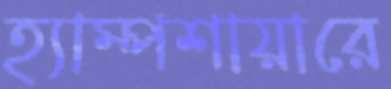
হ্যাম্পশায়ারে